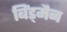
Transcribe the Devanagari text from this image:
बिंड्मैन